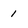
Character: 1